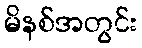
မိနစ်အတွင်း